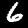
Digit: 6